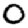
Digit: 0